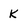
Character: k